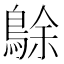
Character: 鵌